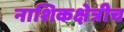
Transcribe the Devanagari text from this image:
नाशिकक्षेत्रीच